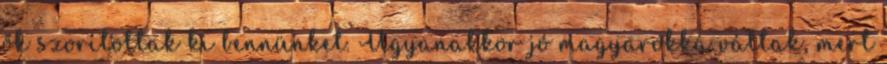
ők szorítottak ki bennünket. Ugyanakkor jó magyarokká váltak, mert